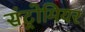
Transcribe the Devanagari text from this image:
संट्रोमियर